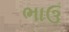
ભાઉ